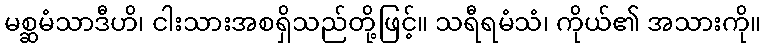
မစ္ဆမံသာဒီဟိ၊ ငါးသားအစရှိသည်တို့ဖြင့်။ သရီရမံသံ၊ ကိုယ်၏ အသားကို။